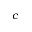
c